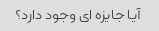
آیا جایزه ای وجود دارد؟